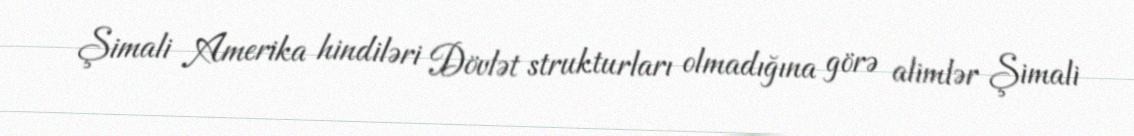
Şimali Amerika hindiləri Dövlət strukturları olmadığına görə alimlər Şimali